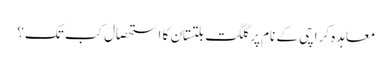
معاہدہ کراچی کے نام پر گلگت بلتستان کا استحصال کب تک؟